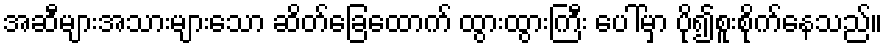
အဆီများအသားများသော ဆိတ်ခြေထောက် ထွားထွားကြီး ပေါ်မှာ ပို၍စူးစိုက်နေသည်။